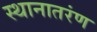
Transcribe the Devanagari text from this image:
स्थानातरंण